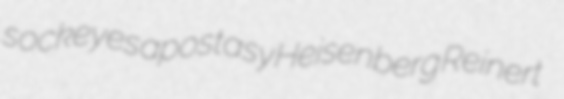
sockeyes apostasy Heisenberg Reinert